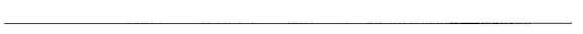
___